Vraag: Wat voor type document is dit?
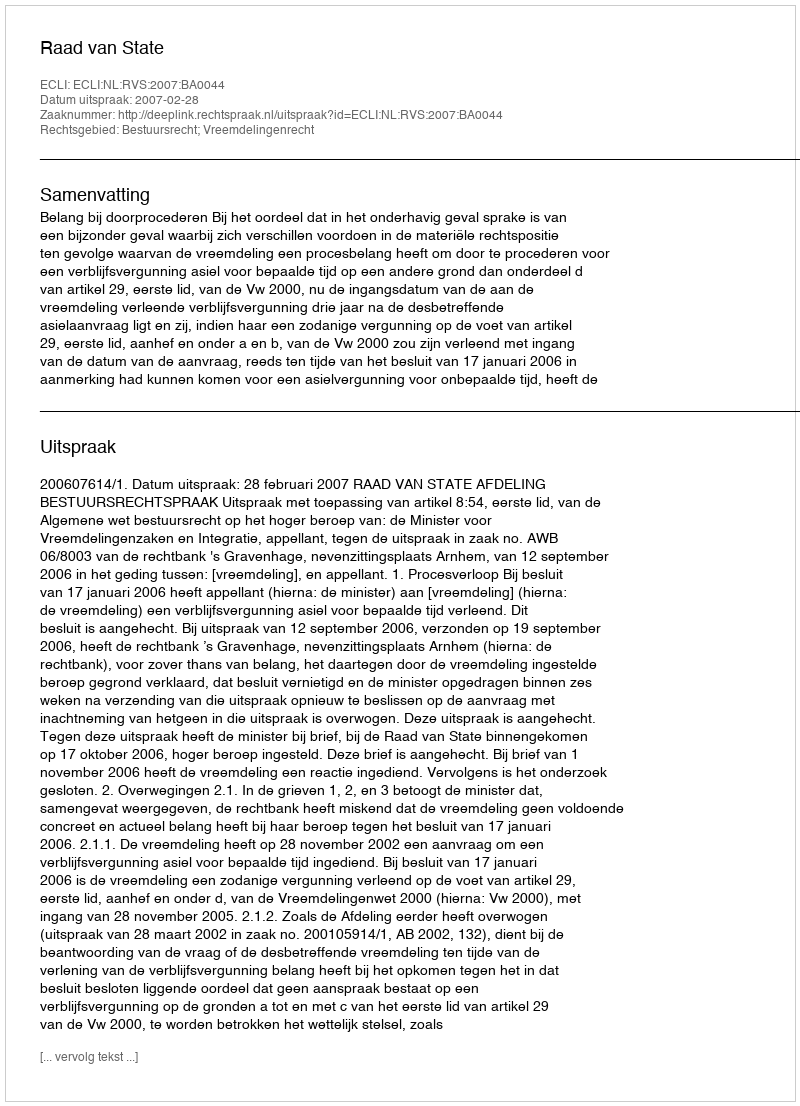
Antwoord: Uitspraak